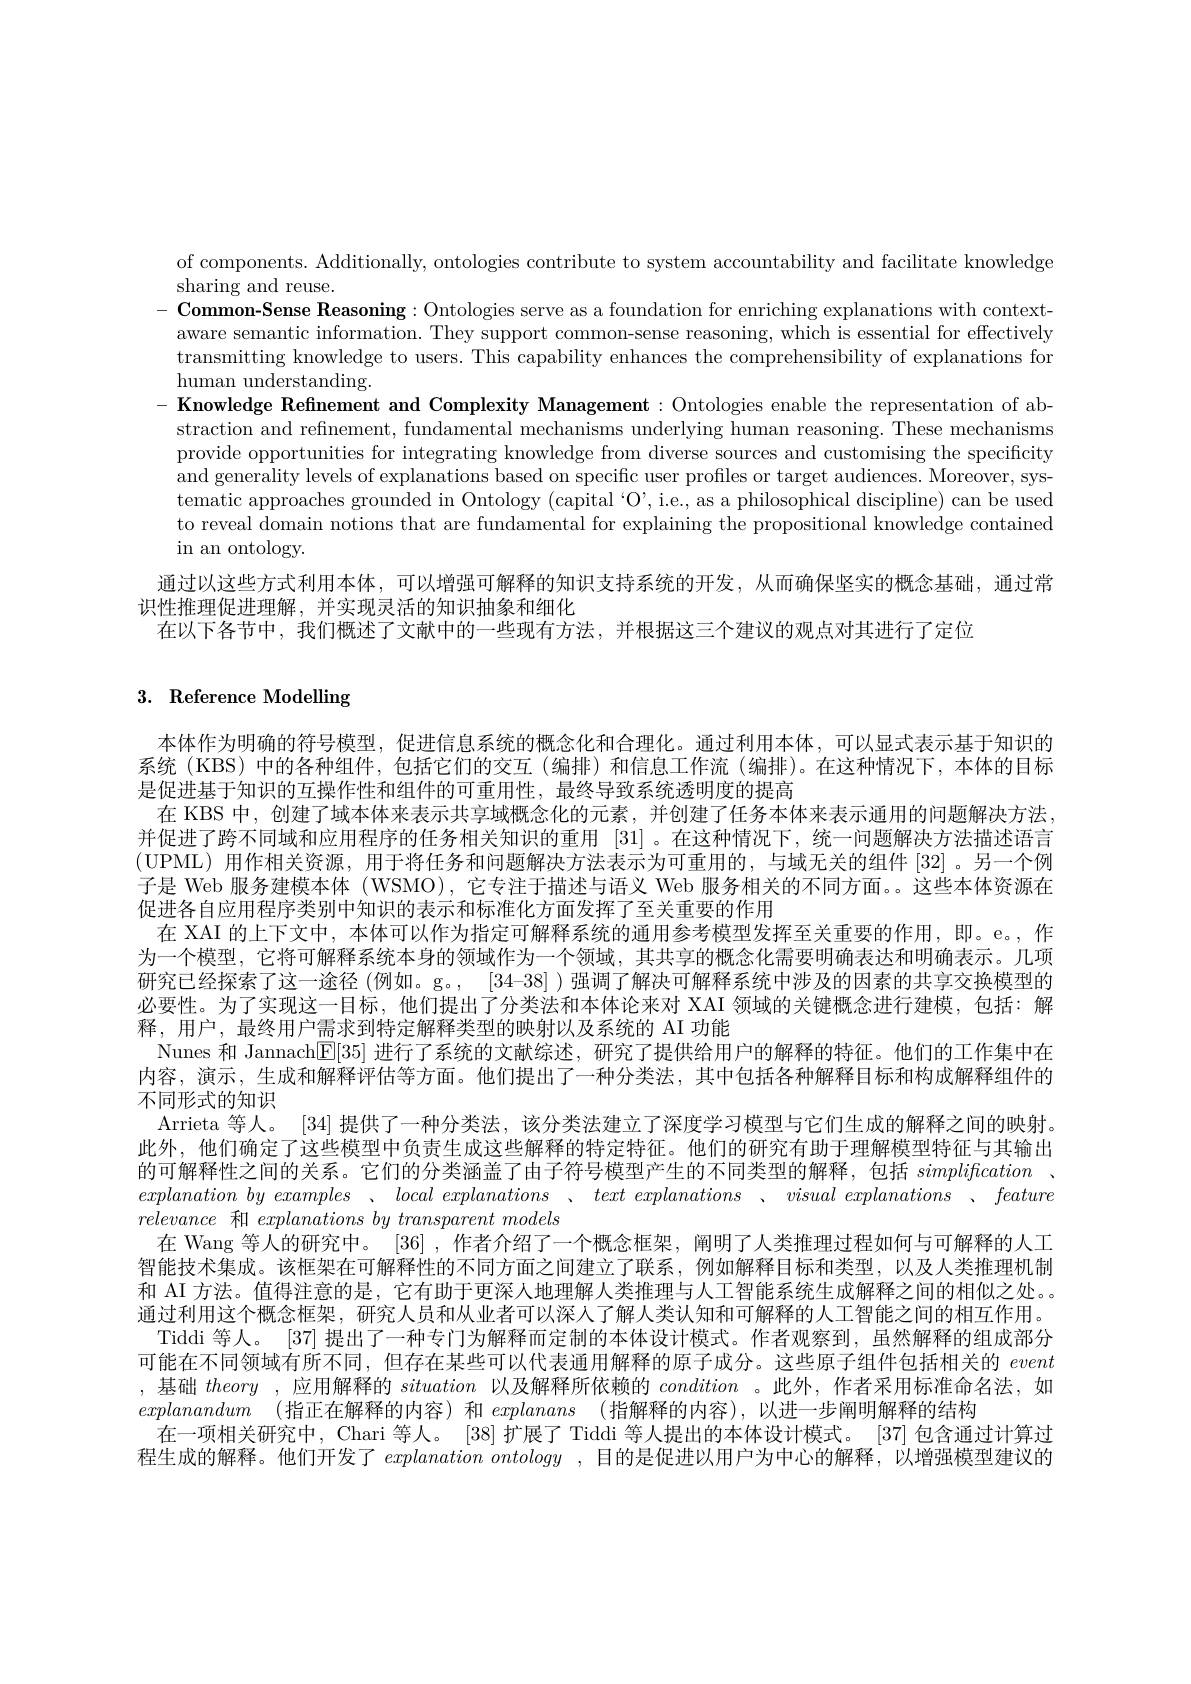
of components. Additionally, ontologies contribute to system accountability and facilitate knowledge
sharing and reuse.
$- \textbf{ Common- Sense Reasoning: Ontologies serve as a foundation for enriching explanations with context- Common- Sense Reasoning: Ontologies serve as a foundation for enriching explanations with contezt- Torer th trere tre tre tre tre tre tre tre tre tre tre}$ aware semantic information. They support common-sense reasoning, which is essential for effectively transmitting knowledge to users. This capability enhances the comprehensibility of explanations for human understanding.
$- \textbf{ Knowledge Refinement and Complexity Management: Ontologies enable the representation of ab- }$
straction and refinement, fundamental mechanisms underlying human reasoning. These mechanisms provide opportunities for integrating knowledge from diverse sources and customising the specificity and generality levels of explanations based on specific user profiles or target audiences. Moreover, systematic approaches grounded in Ontology (capital ‘O’, i.e., as a philosophical discipline) can be used to reveal domain notions that are fundamental for explaining the propositional knowledge contained in an ontology.
通过以这些方式利用本体，可以增强可解释的知识支持系统的开发，从而确保坚实的概念基础，通过常
识性推理促进理解，并实现灵活的知识抽象和细化
在以下各节中，我们概述了文献中的一些现有方法，并根据这三个建议的观点对其进行了定位

# 3. Reference Modelling

本体作为明确的符号模型，促进信息系统的概念化和合理化。通过利用本体，可以显式表示基于知识的系统 (KBS) 中的各种组件，包括它们的交互(编排)和信息工作流(编排)。在这种情况下，本体的目标是促进基于知识的互操作性和组件的可重用性，最终导致系统透明度的提高
在 KBS 中，创建了域本体来表示共享域概念化的元素，并创建了任务本体来表示通用的问题解决方法并促进了跨不同域和应用程序的任务相关知识的重用[31] 。在这种情况下，统一问题解决方法描述语言(UPML)用作相关资源，用于将任务和问题解决方法表示为可重用的，与域无关的组件[32]。另一个例子是 Web 服务建模本体 (WSMO),它专注于描述与语义 Web 服务相关的不同方面。。这些本体资源在促进各自应用程序类别中知识的表示和标准化方面发挥了至关重要的作用
在 XAI 的上下文中，本体可以作为指定可解释系统的通用参考模型发挥至关重要的作用，即。e。,作为一个模型，它将可解释系统本身的领域作为一个领域，其共享的概念化需要明确表达和明确表示。几项研究已经探索了这一途径 (例如。g。, [34-38] )强调了解决可解释系统中涉及的因素的共享交换模型的必要性。为了实现这一目标，他们提出了分类法和本体论来对 XAI 领域的关键概念进行建模，包括：解释，用户，最终用户需求到特定解释类型的映射以及系统的 AI 功能
Nunes 和 Jannach[E[35] 进行了系统的文献综述，研究了提供给用户的解释的特征。他们的工作集中在内容，演示，生成和解释评估等方面。他们提出了一种分类法，其中包括各种解释目标和构成解释组件的不同形式的知识
Arrieta 等人。[34] 提供了一种分类法，该分类法建立了深度学习模型与它们生成的解释之间的映射。此外，他们确定了这些模型中负责生成这些解释的特定特征。他们的研究有助于理解模型特征与其输出的可解释性之间的关系。它们的分类涵盖了由子符号模型产生的不同类型的解释，包括simplifcation 、 explanationbyexamples $、 local$ explanations $、 text$ explanations $、 visual$ explanations $、 feature$ relevance和$explanations\textit{by transparent models}$
在 Wang 等人的研究中。[36] ,作者介绍了一个概念框架 , 阐明了人类推理过程如何与可解释的人工智能技术集成。该框架在可解释性的不同方面之间建立了联系，例如解释目标和类型，以及人类推理机制和 AI 方法。值得注意的是，它有助于更深人地理解人类推理与人工智能系统生成解释之间的相似之处。。通过利用这个概念框架，研究人员和从业者可以深人了解人类认知和可解释的人工智能之间的相互作用。
Tiddi 等人。[37] 提出了一种专门为解释而定制的本体设计模式。作者观察到，虽然解释的组成部分可能在不同领域有所不同，但存在某些可以代表通用解释的原子成分。这些原子组件包括相关的event ,基础theory ,应用解释的situation以及解释所依赖的condition 。此外，作者采用标准命名法，如explanandum (指正在解释的内容)和 explanans (指解释的内容),以进一步阐明解释的结构
在一项相关研究中，Chari 等人。[38] 扩展了 Tiddi 等人提出的本体设计模式。[37] 包含通过计算过程生成的解释。他们开发了$explanation\textit{ ontology , 目 的 是 促 进 以 用 户 为 中 心 的 解 释 , 以 增 强 模 型 建 议 的 }$